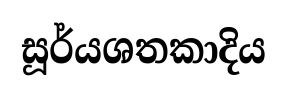
සූර්යශතකාදිය